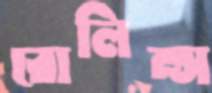
রোলিন্স